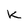
Character: K